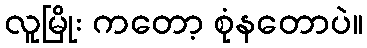
လူမြိုး ကတော့ စုံနတောပဲ။